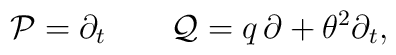
{\cal P}=\partial_t\qquad {\cal Q}=q\,\partial+\theta^2\partial_t,